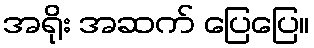
အရိုး အဆက် ပြေပြေ။